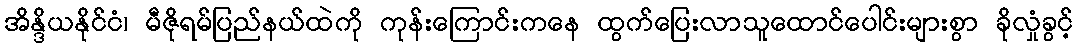
အိန္ဒိယနိုင်ငံ၊ မီဇိုရမ်ပြည်နယ်ထဲကို ကုန်းကြောင်းကနေ ထွက်ပြေးလာသူထောင်ပေါင်းများစွာ ခိုလှုံခွင့်